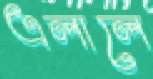
এলালে